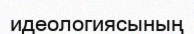
идеологиясының